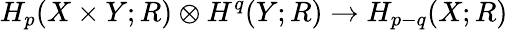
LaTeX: H_{p}(X\times Y;R)\otimes H^{q}(Y;R)\rightarrow H_{p-q}(X;R)